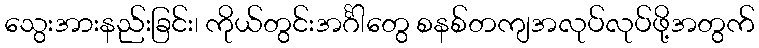
သွေးအားနည်းခြင်း၊ ကိုယ်တွင်းအင်္ဂါတွေ စနစ်တကျအလုပ်လုပ်ဖို့အတွက်